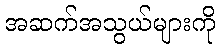
အဆက်အသွယ်များကို